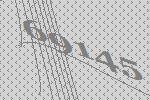
69145